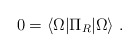
\begin{align*}0= \langle \Omega \vert \Pi_R\vert \Omega \rangle \; .\end{align*}